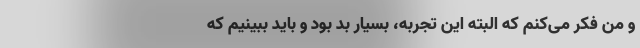
و من فکر می‌کنم که البته این تجربه، بسیار بد بود و باید ببینیم که